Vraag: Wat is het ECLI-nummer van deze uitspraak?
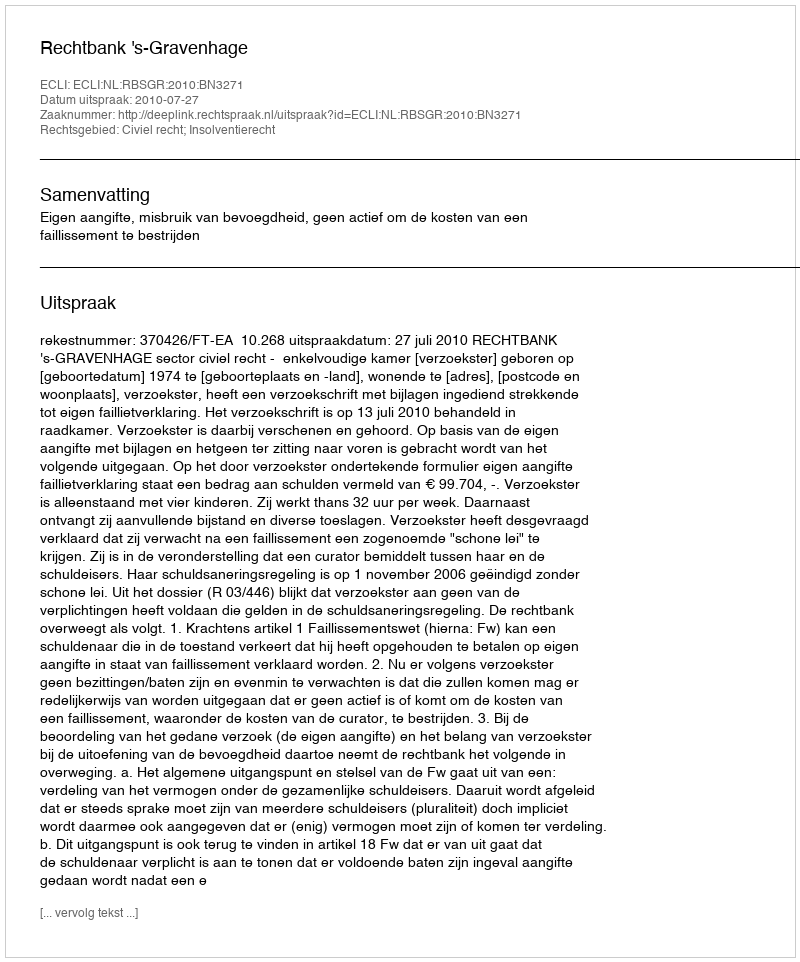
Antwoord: ECLI:NL:RBSGR:2010:BN3271